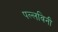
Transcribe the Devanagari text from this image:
पल्लविनी